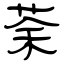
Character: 荼